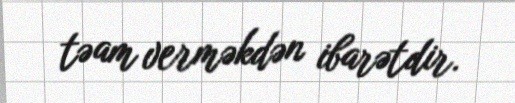
təam verməkdən ibarətdir.